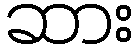
ဆား